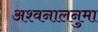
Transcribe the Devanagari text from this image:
अश्वनालनुमा